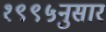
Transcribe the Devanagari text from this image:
१९९५नुसार